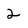
Character: 2